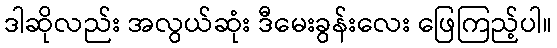
ဒါဆိုလည်း အလွယ်ဆုံး ဒီမေးခွန်းလေး ဖြေကြည့်ပါ။